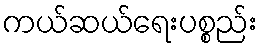
ကယ်ဆယ်ရေးပစ္စည်း